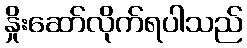
နှိုးဆော်လိုက်ရပါသည်